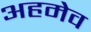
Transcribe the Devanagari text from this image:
अहमेव